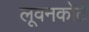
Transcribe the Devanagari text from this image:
लूवनकोर्ट